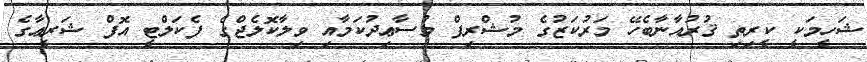
ޝަހީމަކީ ކީރިތި ޤުރުއާނާބެހޭ މަރުކަޒުގެ މުޝްރިފް މުސާޢިދުކަމާއި ވިލާކޮލެޖްގެ ފެކަލްޓީ އޮފް ޝަރީޢާގެ